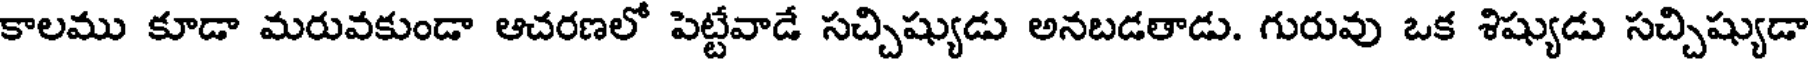
కాలము కూడా మరువకుండా ఆచరణలో పెట్టేవాడే సచ్చిష్యుడు అనబడతాడు. గురువు ఒక శిష్యుడు సచ్చిష్యుడా